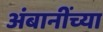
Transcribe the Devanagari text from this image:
अंबानींच्या